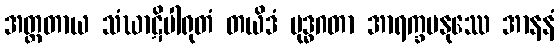
အတ္တတာယ သံဃာဋိပါရုတံ တယိဒံ ဗုဒ္ဓဂတာ အာရက္ခမနုဿေ အာနနံ